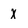
Character: X